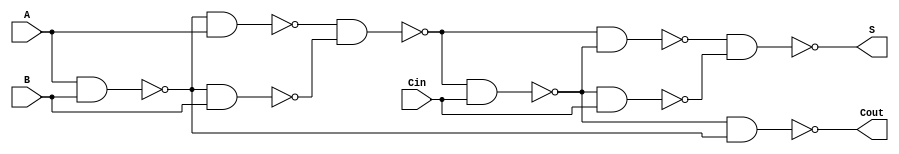
module nand_adder(S, Cout, A, B, Cin);
    input A, B, Cin;
    output S, Cout;

    wire w1, w2, w3, w4, w5, w6, w7;
    
    nand n1(w1, A, B);  // L1
    nand n2(w2, w1, A); // L2
    nand n3(w3, w1, B);
    nand n4(w4, w2, w3); // L3
    nand n5(w5, w4, Cin); // L4
    nand n6(w6, w4, w5); // L5
    nand n7(w7, w5, Cin);
    nand n8(S, w6, w7); // L6
    nand n9(Cout, w5, w1);
endmodule